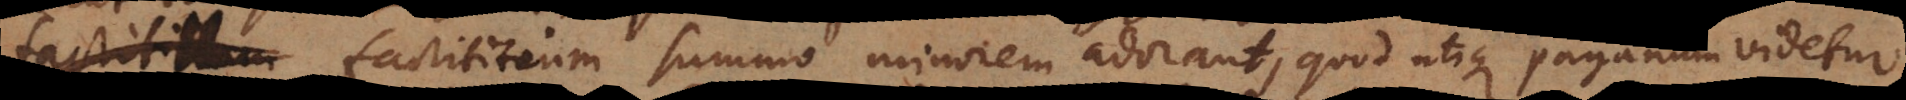
factitium summo minorem adorant, quod utique paganum videtur